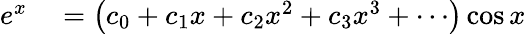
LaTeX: \begin{array}{rl}{e^{x}}&{{}=\left(c_{0}+c_{1}x+c_{2}x^{2}+c_{3}x^{3}+\cdots\right)\cos x}\end{array}